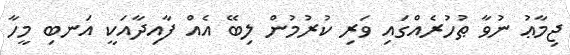
ޖިމާޢު ނުވާ ޠުހުރެއްގައި ވަރި ކުރުމުން ލިބޭ އެއް ފާއިދާއަކީ އަނބި މީހާ